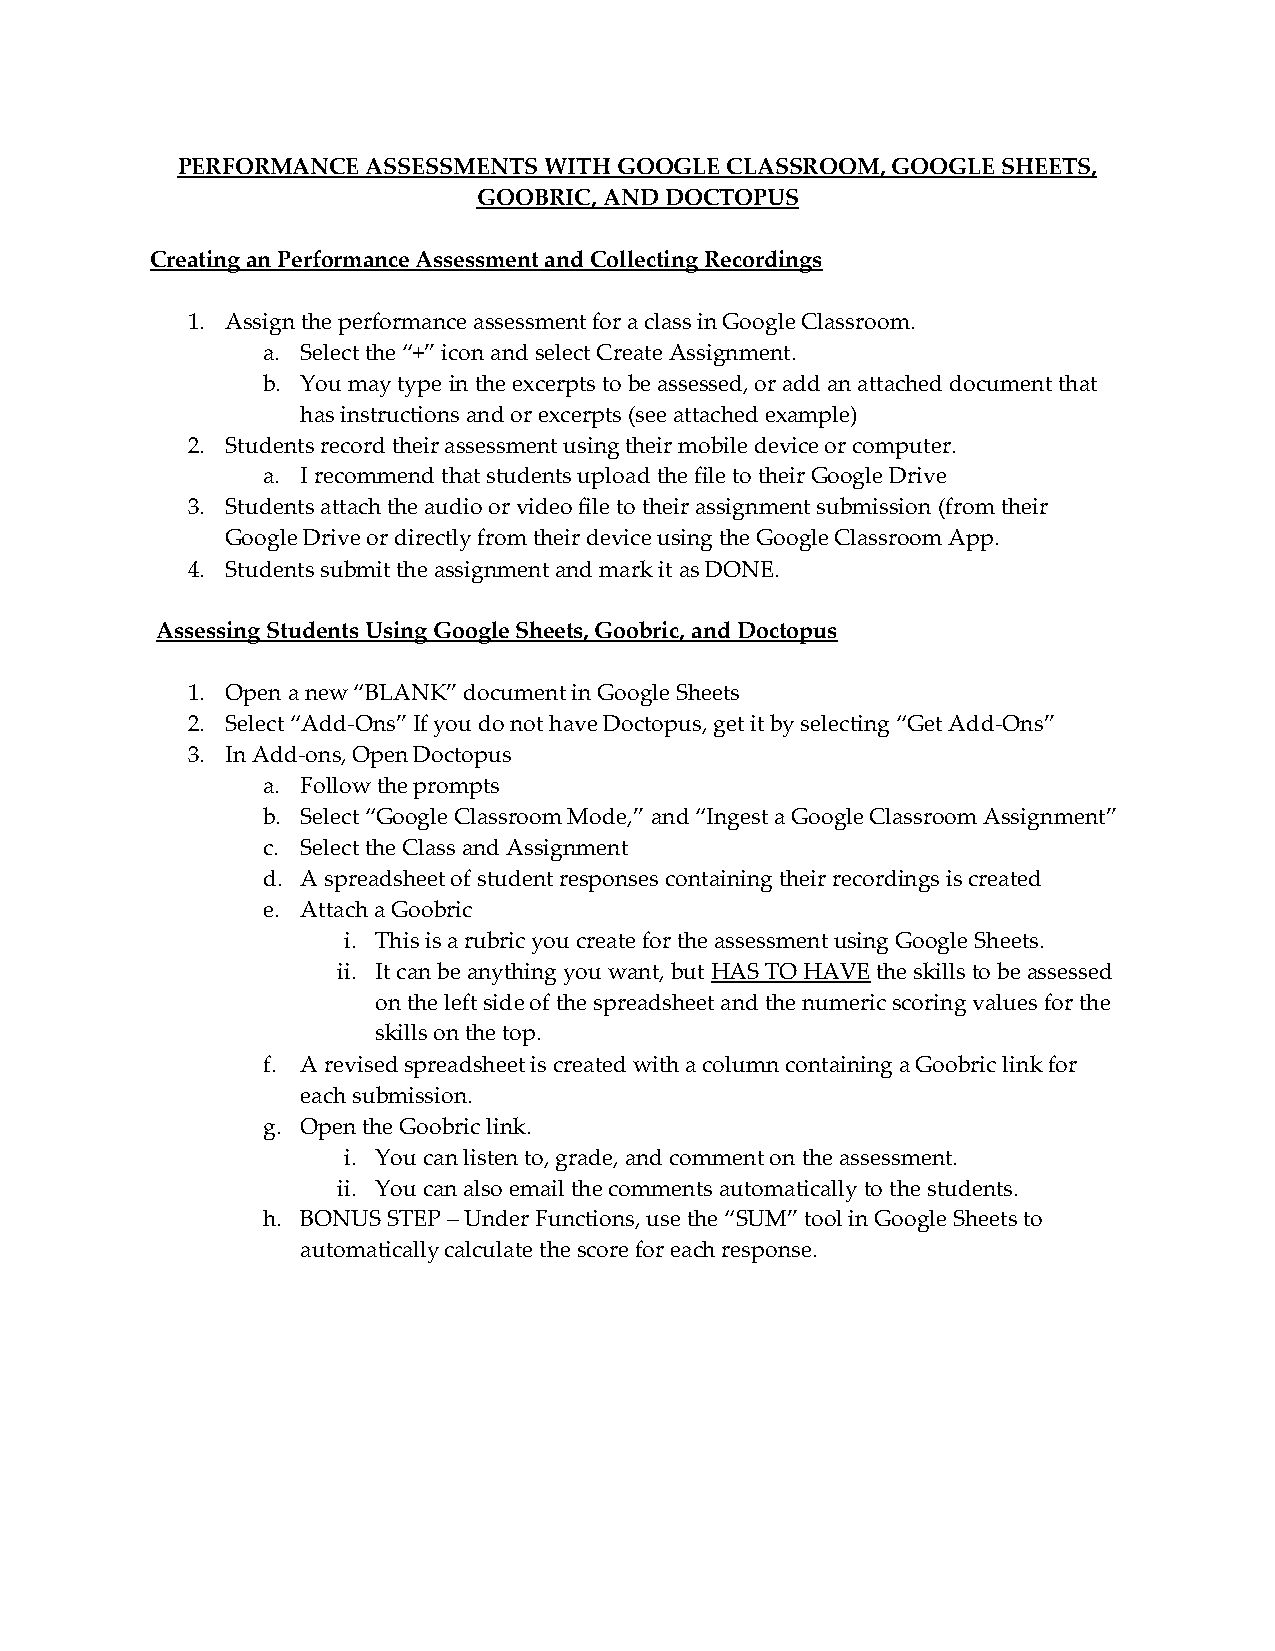
PERFORMANCE ASSESSMENTS WITH GOOGLE CLASSROOM, GOOGLE SHEETS,
 GOOBRIC, AND DOCTOPUS
 Creating an Performance Assessment and Collecting Recordings
 1. Assign the performance assessment for a class in Google Classroom.
 a. Select the “+” icon and select Create Assignment.
 b. You may type in the excerpts to be assessed, or add an attached document that
 has instructions and or excerpts (see attached example)
 2. Students record their assessment using their mobile device or computer.
 a. I recommend that students upload the file to their Google Drive
 3. Students attach the audio or video file to their assignment submission (from their
 Google Drive or directly from their device using the Google Classroom App.
 4. Students submit the assignment and mark it as DONE.
 Assessing Students Using Google Sheets, Goobric, and Doctopus
 1. Open a new “BLANK” document in Google Sheets
 2. Select “Add-Ons” If you do not have Doctopus, get it by selecting “Get Add-Ons”
 3. In Add-ons, Open Doctopus
 a. Follow the prompts
 b. Select “Google Classroom Mode,” and “Ingest a Google Classroom Assignment”
 c. Select the Class and Assignment
 d. A spreadsheet of student responses containing their recordings is created
 e. Attach a Goobric
 i. This is a rubric you create for the assessment using Google Sheets.
 ii. It can be anything you want, but HAS TO HAVE the skills to be assessed
 on the left side of the spreadsheet and the numeric scoring values for the
 skills on the top.
 f. A revised spreadsheet is created with a column containing a Goobric link for
 each submission.
 g. Open the Goobric link.
 i. You can listen to, grade, and comment on the assessment.
 ii. You can also email the comments automatically to the students.
 h. BONUS STEP – Under Functions, use the “SUM” tool in Google Sheets to
 automatically calculate the score for each response.